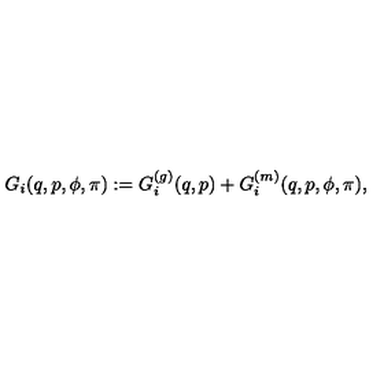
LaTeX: G _ { i } ( q , p , \phi , \pi ) : = G _ { i } ^ { ( g ) } ( q , p ) + G _ { i } ^ { ( m ) } ( q , p , \phi , \pi ) ,